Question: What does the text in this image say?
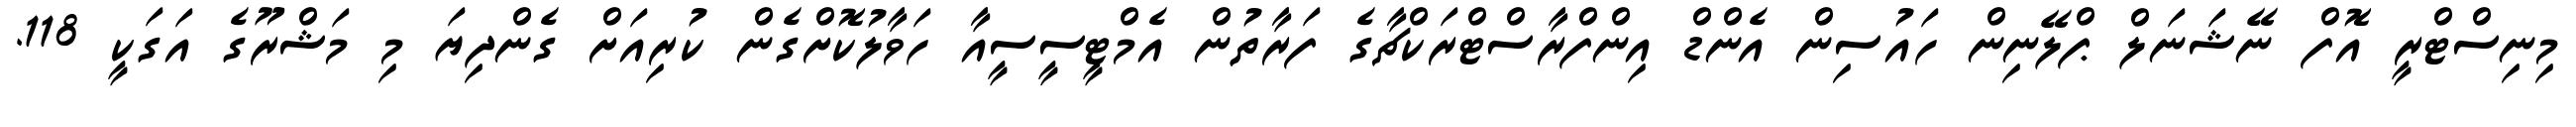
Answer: މިނިސްޓްރީ އޮފް ނޭޝަނަލް ޕްލޭނިން ހައުސިން އެންޑް އިންފްރާސްޓްރަކްޗާގެ ފަރާތުން އެމްޓީސީސީއާ ހަވާލުކޮށްގެން ކުރިއަށް ގެންދިޔަ މި މަޝްރޫގެ އަގަކީ 118.